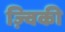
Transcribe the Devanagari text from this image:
ज़्विकी